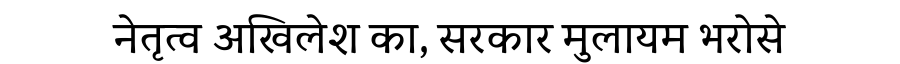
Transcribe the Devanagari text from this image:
नेतृत्व अखिलेश का, सरकार मुलायम भरोसे